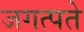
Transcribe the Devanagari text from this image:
जगत्पते